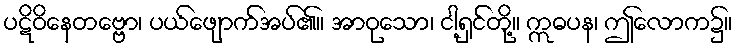
ပဋိဝိနေတဗ္ဗော၊ ပယ်ဖျောက်အပ်၏။ အာဝုသော၊ ငါ့ရှင်တို့။ ဣဓပန၊ ဤလောက၌။